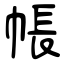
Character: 帳